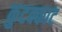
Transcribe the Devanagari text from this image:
कुटक्काट